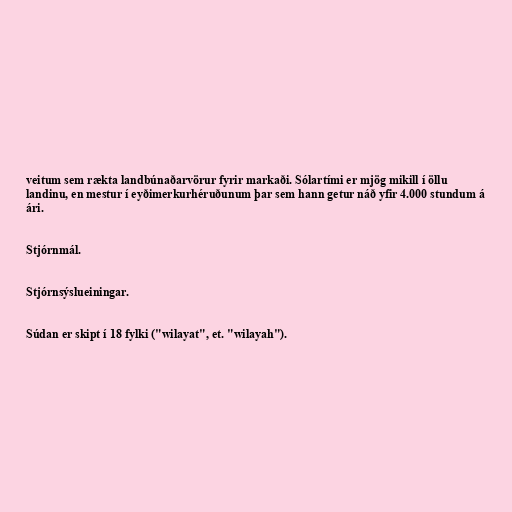
veitum sem rækta landbúnaðarvörur fyrir markaði. Sólartími er mjög mikill í öllu
landinu, en mestur í eyðimerkurhéruðunum þar sem hann getur náð yfir 4.000 stundum á
ári.

Stjórnmál.

Stjórnsýslueiningar.

Súdan er skipt í 18 fylki ("wilayat", et. "wilayah").